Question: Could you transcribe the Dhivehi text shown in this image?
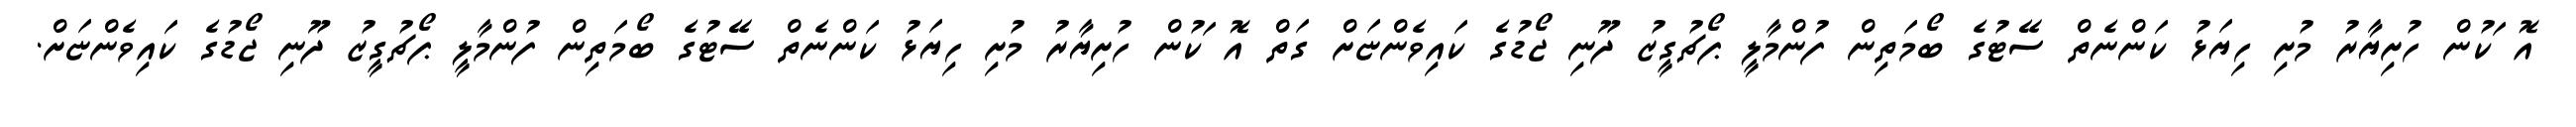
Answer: އޮޱަކުން ހުށިޔާރު މުށި ހިޔަޅު ކަންނެތް ސޭޓުގެ ބޯމަތިން ފުންމާލީ ޕޯޗުގީޒު ދޫނި ޖޯޑުގެ ކައިވެންޏަށް ގަތް އޮޱަކުން ހުށިޔާރު މުށި ހިޔަޅު ކަންނެތް ސޭޓުގެ ބޯމަތިން ފުންމާލީ ޕޯޗުގީޒު ދޫނި ޖޯޑުގެ ކައިވެންޏަށް.